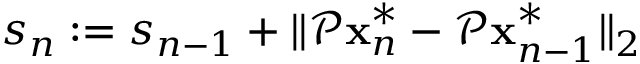
s _ { n } : = s _ { n - 1 } + \| \mathcal P \mathbf x _ { n } ^ { * } - \mathcal P \mathbf x _ { n - 1 } ^ { * } \| _ { 2 }